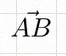
\vec{AB}